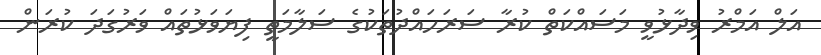
އަލް އަމްރު ވިދާޅުވީ މަސައްކަތް ކުރާ ސަރަހައްދުތަކުގެ ސަލާމަތީ ފިޔަވަޅުތައް ވަރުގަދަ ކުރަން